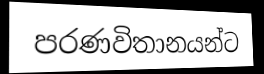
පරණවිතානයන්ට